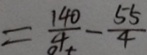
= \frac { 1 4 0 } { 4 } - \frac { 5 5 } { 4 }